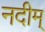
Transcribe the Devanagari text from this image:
नदीम्